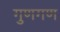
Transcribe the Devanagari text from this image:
गुणगण